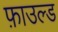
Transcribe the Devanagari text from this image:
फ़ाउल्ड